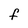
Character: F